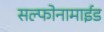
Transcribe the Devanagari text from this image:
सल्फोनामाईड